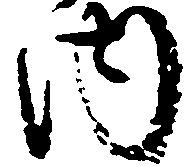
内